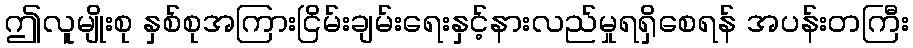
ဤလူမျိုးစု နှစ်စုအကြားငြိမ်းချမ်းရေးနှင့်နားလည်မှုရရှိစေရန် အပန်းတကြီး